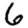
Digit: 6